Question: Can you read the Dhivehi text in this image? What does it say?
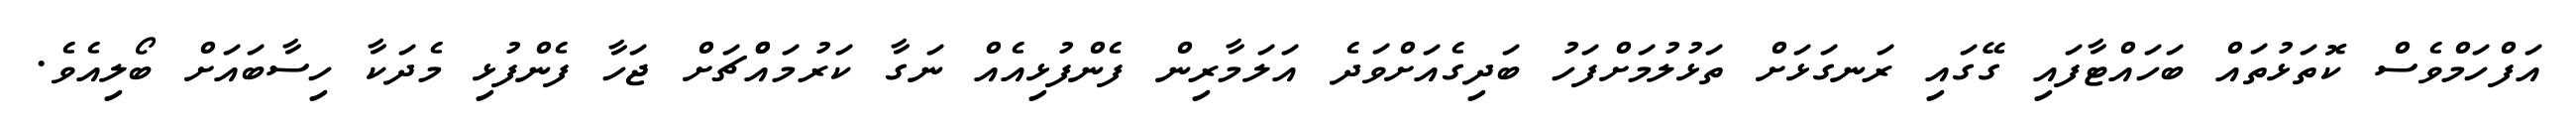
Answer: އަފްހަމްވެސް ކޮތަޅުތައް ބަހައްޓާފައި ގޭގައި ރަނގަޅަށް ތަޅުލުމަށްފަހު ބަދިގެއަށްވަދެ އަލަމާރިން ފެންފުޅިއެއް ނަގާ ކަރުމައްްޗަށް ޖަހާ ފެންފުޅި މެދަކާ ހިސާބައަށް ބޯލިއެވެ.